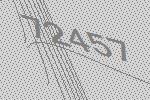
72457